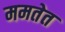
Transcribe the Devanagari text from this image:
ममतेत